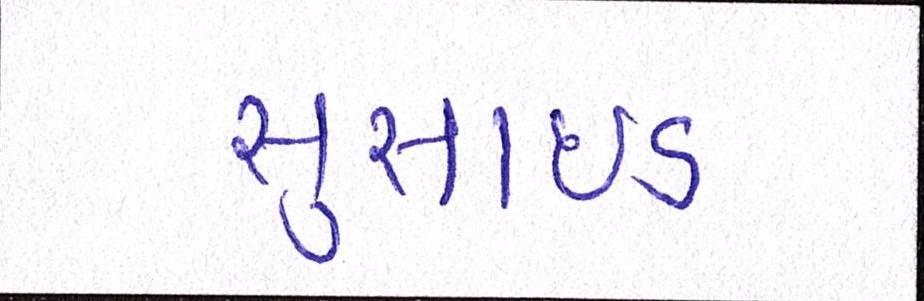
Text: સુસાઈડ